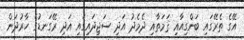
އޭގެ ތެރޭގައި ބަންގިއާއި ޤަމަތާއި ދެމެދު އަދި ސަޖިދައިގައި އަދި ރޭގަނޑުގެ ހާރުދަން